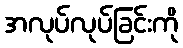
အလုပ်လုပ်ခြင်းကို